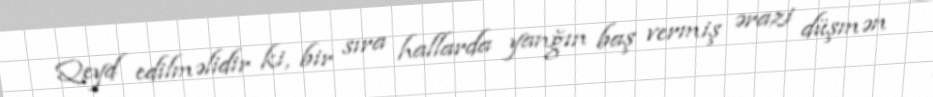
Qeyd edilməlidir ki, bir sıra hallarda yanğın baş vermiş ərazi düşmən